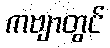
ကဗျာတွင်